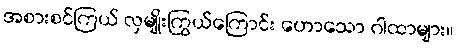
အစားစင်ကြယ် လှမျိုးကြွယ်ကြောင်း ဟောသော ဂါထာများ။